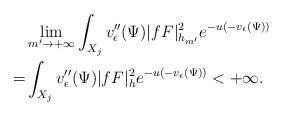
LaTeX: \begin{align*}&\lim_{m'\to+\infty}\int_{X_j}v''_{\epsilon}(\Psi)|fF|^2_{h_{m'}} e^{-u(-v_{\epsilon}(\Psi))}\\=&\int_{X_j}v''_{\epsilon}(\Psi)|fF|^2_h e^{-u(-v_{\epsilon}(\Psi))}<+\infty.\end{align*}